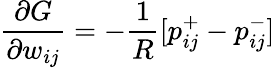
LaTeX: {\frac{\partial{G}}{\partial{w_{ij}}}}=-{\frac{1}{R}}[p_{ij}^{+}-p_{ij}^{-}]